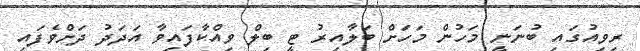
ރިވިއުގައި ބުނަނީ މަހުން މަހަށް ބަލާއިރު ޓީ ބިލް ވިއްކާފައިވާ އަދަދު ދަށްވެފައި